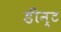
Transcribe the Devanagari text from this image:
डीन्ट